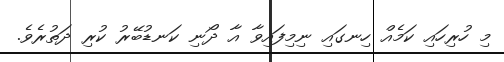
މި ހުރިހައި ކަމެއް ހިނގައި ނިމިފައިވާ އާ ދޯނި ކަނޑުބޭރު ކުރި ދަތުރެވެ.